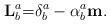
LaTeX: \begin{align*}\mathbf{L}_{b}^{a}\mathbf{=}\delta_{b}^{a}-\alpha_{b}^{a}\mathbf{m.}\end{align*}